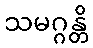
သမဂ္ဂန္တိ